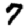
Digit: 7